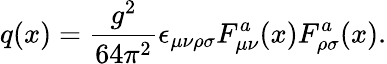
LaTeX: q(x)={\frac{g^{2}}{64\pi^{2}}}\epsilon_{\mu\nu\rho\sigma}F_{\mu\nu}^{a}(x)F_{\rho\sigma}^{a}(x).